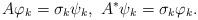
LaTeX: \begin{align*}A \varphi_k = \sigma_k \psi_k, \ A^{\ast} \psi_k = \sigma_k \varphi_k.\end{align*}